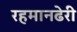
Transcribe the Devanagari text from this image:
रहमानढेरी